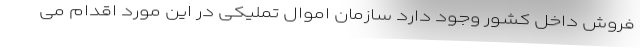
فروش داخل کشور وجود دارد سازمان اموال تملیکی در این مورد اقدام می